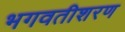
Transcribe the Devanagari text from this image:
भगवतीशरण